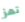
تهز